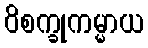
ဝိစက္ခုကမ္မာယ